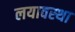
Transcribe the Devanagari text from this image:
लयावस्था